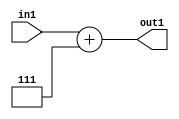
`timescale 1ps / 1ps
/*****************************************************************************
    Verilog RTL Description
    
    
    Created by: Stratus DpOpt 2019.1.01 
*******************************************************************************/

module DC_Filter_Add_12U_116_4 (
	in1,
	out1
	); /* architecture "behavioural" */ 
input [11:0] in1;
output [11:0] out1;
wire [11:0] asc001;

assign asc001 = 
	+(in1)
	+(12'B000000000111);

assign out1 = asc001;
endmodule

/* CADENCE  urn0SQ0= : u9/ySgnWtBlWxVPRXgAZ4Og= ** DO NOT EDIT THIS LINE ******/